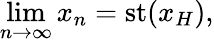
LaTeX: \operatorname*{lim}_{n\to\infty}x_{n}=\mathrm{{st}}(x_{H}),